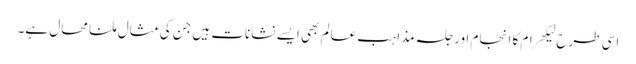
اسی طرح لیکھرام کا انجام اور جلسہ مذاہب عالم بھی ایسے نشانات ہیں جن کی مثال ملنا محال ہے۔